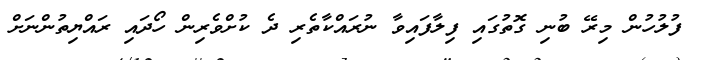
ފުލުހުން މިރޭ ބުނި ގޮތުގައި ފިލާފައިވާ ނުރައްކާތެރި ދެ ކުށްވެރިން ހޯދައި ރައްޔިތުންނަށް